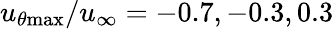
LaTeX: u_{\theta\mathrm{{max}}}/u_{\infty}=-0.7,-0.3,0.3